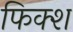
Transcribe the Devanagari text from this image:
फिक्श